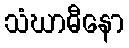
သံဃာဓီနော